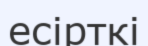
есірткі